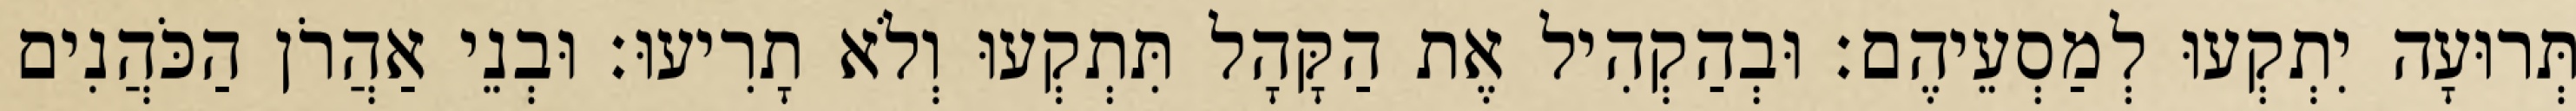
תְּרוּעָה יִתְקְעוּ לְמַסְעֵיהֶם׃ וּבְהַקְהִיל אֶת הַקָּהָל תִּתְקְעוּ וְלֹא תָרִיעוּ׃ וּבְנֵי אַהֲרֹן הַכֹּהֲנִים